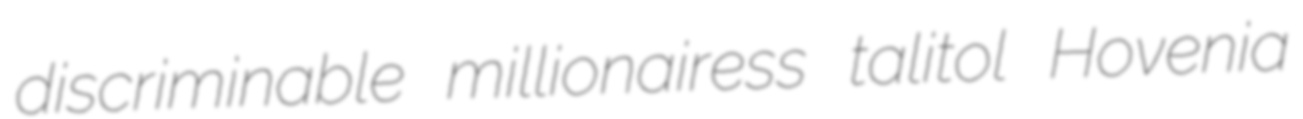
discriminable millionairess talitol Hovenia